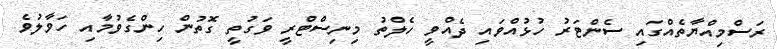
ރަސްމިއްޔާތެއްގައި ސެންޓަރު ހުޅުއްވައި ދެއްވީ ހެލްތު މިނިސްޓްރީ ވަގުތީ ގޮތުން ހިންގެވުމާއި ހަވާލުވެ